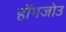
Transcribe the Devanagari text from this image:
होंगजोउ